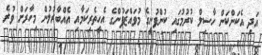
އަދި އެކަންކަން ހާސިލް ކުރުމުގައި ކުންފުނީގެ މުވައްޒަފުންގެ އެހީތެރިކަމާއި އެއްބާރުލުން މިހާރަށް ވުރެ